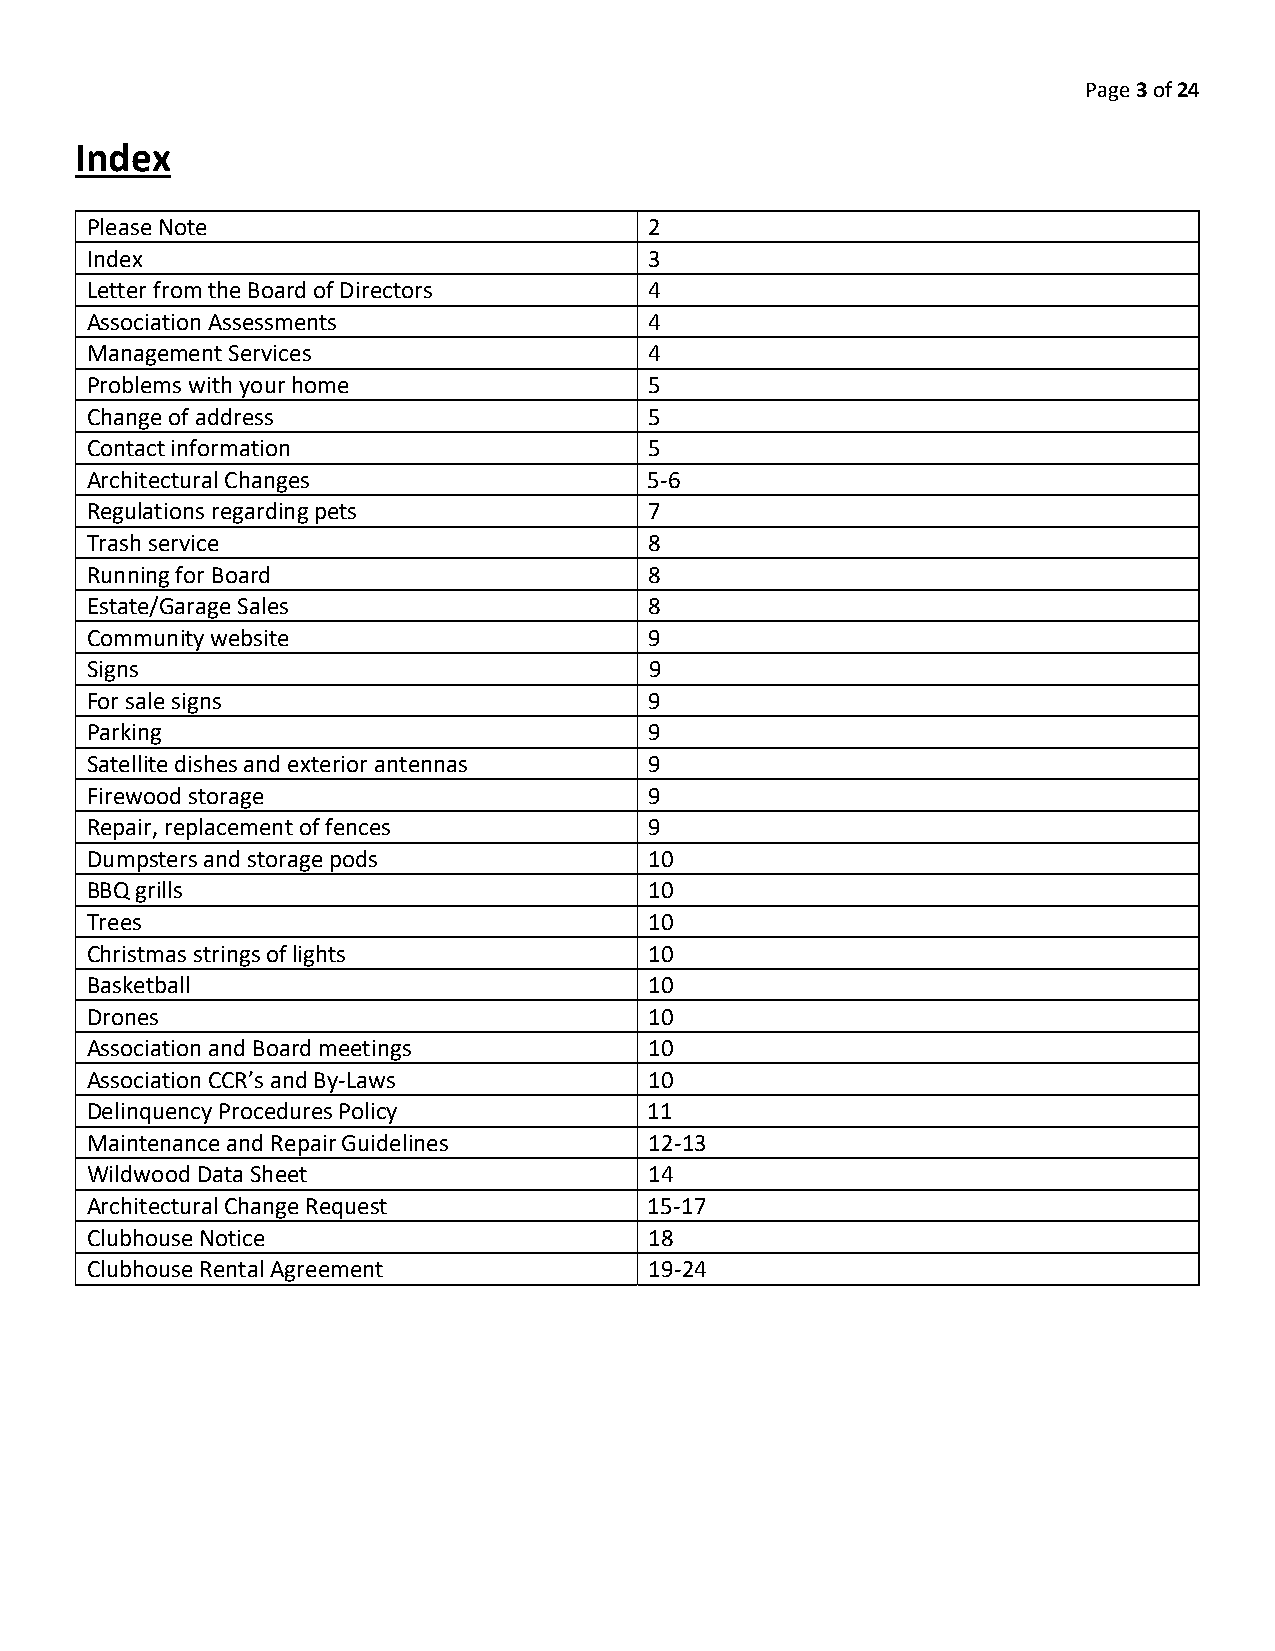
Page 3 of 24
 Index
 Please Note                          2
 Index                                3
 Letter from the Board of Directors   4
 Association Assessments              4
 Management Services                  4
 Problems with your home              5
 Change of address                    5
 Contact information                  5
 Architectural Changes                5-6
 Regulations regarding pets           7
 Trash service                        8
 Running for Board                    8
 Estate/Garage Sales                  8
 Community website                    9
 Signs                                9
 For sale signs                       9
 Parking                              9
 Satellite dishes and exterior antennas 9
 Firewood storage                     9
 Repair, replacement of fences        9
 Dumpsters and storage pods           10
 BBQ grills                           10
 Trees                                10
 Christmas strings of lights          10
 Basketball                           10
 Drones                               10
 Association and Board meetings       10
 Association CCR’s and By-Laws        10
 Delinquency Procedures Policy        11
 Maintenance and Repair Guidelines    12-13
 Wildwood Data Sheet                  14
 Architectural Change Request         15-17
 Clubhouse Notice                     18
 Clubhouse Rental Agreement           19-24